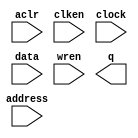
// megafunction wizard: %RAM: 1-PORT%VBB%
// GENERATION: STANDARD
// VERSION: WM1.0
// MODULE: altsyncram 

// ============================================================
// Megafunction Name(s):
// 			altsyncram
//
// Simulation Library Files(s):
// 			altera_mf
// ============================================================
// ************************************************************
// THIS IS A WIZARD-GENERATED FILE. DO NOT EDIT THIS FILE!
//
// 10.1 Build 197 01/19/2011 SP 1 SJ Full Version
// ************************************************************

//Copyright (C) 1991-2011 Altera Corporation
//Your use of Altera Corporation's design tools, logic functions 
//and other software and tools, and its AMPP partner logic 
//functions, and any output files from any of the foregoing 
//(including device programming or simulation files), and any 
//associated documentation or information are expressly subject 
//to the terms and conditions of the Altera Program License 
//Subscription Agreement, Altera MegaCore Function License 
//Agreement, or other applicable license agreement, including, 
//without limitation, that your use is for the sole purpose of 
//programming logic devices manufactured by Altera and sold by 
//Altera or its authorized distributors.  Please refer to the 
//applicable agreement for further details.

module RAMB16_S4_altera (
	aclr,
	address,
	clken,
	clock,
	data,
	wren,
	q);

	input	  aclr;
	input	[11:0]  address;
	input	  clken;
	input	  clock;
	input	[3:0]  data;
	input	  wren;
	output	[3:0]  q;
`ifndef ALTERA_RESERVED_QIS
// synopsys translate_off
`endif
	tri0	  aclr;
	tri1	  clken;
	tri1	  clock;
`ifndef ALTERA_RESERVED_QIS
// synopsys translate_on
`endif

endmodule

// ============================================================
// CNX file retrieval info
// ============================================================
// Retrieval info: PRIVATE: ADDRESSSTALL_A NUMERIC "0"
// Retrieval info: PRIVATE: AclrAddr NUMERIC "0"
// Retrieval info: PRIVATE: AclrByte NUMERIC "0"
// Retrieval info: PRIVATE: AclrData NUMERIC "0"
// Retrieval info: PRIVATE: AclrOutput NUMERIC "1"
// Retrieval info: PRIVATE: BYTE_ENABLE NUMERIC "0"
// Retrieval info: PRIVATE: BYTE_SIZE NUMERIC "8"
// Retrieval info: PRIVATE: BlankMemory NUMERIC "0"
// Retrieval info: PRIVATE: CLOCK_ENABLE_INPUT_A NUMERIC "1"
// Retrieval info: PRIVATE: CLOCK_ENABLE_OUTPUT_A NUMERIC "1"
// Retrieval info: PRIVATE: Clken NUMERIC "1"
// Retrieval info: PRIVATE: DataBusSeparated NUMERIC "1"
// Retrieval info: PRIVATE: IMPLEMENT_IN_LES NUMERIC "0"
// Retrieval info: PRIVATE: INIT_FILE_LAYOUT STRING "PORT_A"
// Retrieval info: PRIVATE: INIT_TO_SIM_X NUMERIC "0"
// Retrieval info: PRIVATE: INTENDED_DEVICE_FAMILY STRING "Stratix II"
// Retrieval info: PRIVATE: JTAG_ENABLED NUMERIC "0"
// Retrieval info: PRIVATE: JTAG_ID STRING "NONE"
// Retrieval info: PRIVATE: MAXIMUM_DEPTH NUMERIC "0"
// Retrieval info: PRIVATE: MIFfilename STRING "./sources_ngnp_multicore/src/lr0_0.mif"
// Retrieval info: PRIVATE: NUMWORDS_A NUMERIC "4096"
// Retrieval info: PRIVATE: RAM_BLOCK_TYPE NUMERIC "0"
// Retrieval info: PRIVATE: READ_DURING_WRITE_MODE_PORT_A NUMERIC "3"
// Retrieval info: PRIVATE: RegAddr NUMERIC "1"
// Retrieval info: PRIVATE: RegData NUMERIC "1"
// Retrieval info: PRIVATE: RegOutput NUMERIC "1"
// Retrieval info: PRIVATE: SYNTH_WRAPPER_GEN_POSTFIX STRING "1"
// Retrieval info: PRIVATE: SingleClock NUMERIC "1"
// Retrieval info: PRIVATE: UseDQRAM NUMERIC "1"
// Retrieval info: PRIVATE: WRCONTROL_ACLR_A NUMERIC "0"
// Retrieval info: PRIVATE: WidthAddr NUMERIC "12"
// Retrieval info: PRIVATE: WidthData NUMERIC "4"
// Retrieval info: PRIVATE: rden NUMERIC "0"
// Retrieval info: LIBRARY: altera_mf altera_mf.altera_mf_components.all
// Retrieval info: CONSTANT: CLOCK_ENABLE_INPUT_A STRING "NORMAL"
// Retrieval info: CONSTANT: CLOCK_ENABLE_OUTPUT_A STRING "NORMAL"
// Retrieval info: CONSTANT: INIT_FILE STRING "./sources_ngnp_multicore/src/lr0_0.mif"
// Retrieval info: CONSTANT: INTENDED_DEVICE_FAMILY STRING "Stratix II"
// Retrieval info: CONSTANT: LPM_HINT STRING "ENABLE_RUNTIME_MOD=NO"
// Retrieval info: CONSTANT: LPM_TYPE STRING "altsyncram"
// Retrieval info: CONSTANT: NUMWORDS_A NUMERIC "4096"
// Retrieval info: CONSTANT: OPERATION_MODE STRING "SINGLE_PORT"
// Retrieval info: CONSTANT: OUTDATA_ACLR_A STRING "CLEAR0"
// Retrieval info: CONSTANT: OUTDATA_REG_A STRING "CLOCK0"
// Retrieval info: CONSTANT: POWER_UP_UNINITIALIZED STRING "FALSE"
// Retrieval info: CONSTANT: WIDTHAD_A NUMERIC "12"
// Retrieval info: CONSTANT: WIDTH_A NUMERIC "4"
// Retrieval info: CONSTANT: WIDTH_BYTEENA_A NUMERIC "1"
// Retrieval info: USED_PORT: aclr 0 0 0 0 INPUT GND "aclr"
// Retrieval info: USED_PORT: address 0 0 12 0 INPUT NODEFVAL "address[11..0]"
// Retrieval info: USED_PORT: clken 0 0 0 0 INPUT VCC "clken"
// Retrieval info: USED_PORT: clock 0 0 0 0 INPUT VCC "clock"
// Retrieval info: USED_PORT: data 0 0 4 0 INPUT NODEFVAL "data[3..0]"
// Retrieval info: USED_PORT: q 0 0 4 0 OUTPUT NODEFVAL "q[3..0]"
// Retrieval info: USED_PORT: wren 0 0 0 0 INPUT NODEFVAL "wren"
// Retrieval info: CONNECT: @aclr0 0 0 0 0 aclr 0 0 0 0
// Retrieval info: CONNECT: @address_a 0 0 12 0 address 0 0 12 0
// Retrieval info: CONNECT: @clock0 0 0 0 0 clock 0 0 0 0
// Retrieval info: CONNECT: @clocken0 0 0 0 0 clken 0 0 0 0
// Retrieval info: CONNECT: @data_a 0 0 4 0 data 0 0 4 0
// Retrieval info: CONNECT: @wren_a 0 0 0 0 wren 0 0 0 0
// Retrieval info: CONNECT: q 0 0 4 0 @q_a 0 0 4 0
// Retrieval info: GEN_FILE: TYPE_NORMAL RAMB16_S4_altera.v TRUE
// Retrieval info: GEN_FILE: TYPE_NORMAL RAMB16_S4_altera.inc TRUE
// Retrieval info: GEN_FILE: TYPE_NORMAL RAMB16_S4_altera.cmp TRUE
// Retrieval info: GEN_FILE: TYPE_NORMAL RAMB16_S4_altera.bsf TRUE
// Retrieval info: GEN_FILE: TYPE_NORMAL RAMB16_S4_altera_inst.v TRUE
// Retrieval info: GEN_FILE: TYPE_NORMAL RAMB16_S4_altera_bb.v TRUE
// Retrieval info: GEN_FILE: TYPE_NORMAL RAMB16_S4_altera_waveforms.html TRUE
// Retrieval info: GEN_FILE: TYPE_NORMAL RAMB16_S4_altera_wave*.jpg FALSE
// Retrieval info: GEN_FILE: TYPE_NORMAL RAMB16_S4_altera_syn.v TRUE
// Retrieval info: LIB_FILE: altera_mf